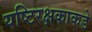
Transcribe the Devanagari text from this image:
यष्टिरक्षकाकडे